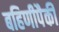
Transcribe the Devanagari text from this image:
बहिणीपैकी